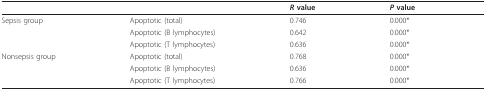
<table><thead><tr><td></td><td></td><td><b><i>R </i>value</b></td><td><b><i>P </i>value</b></td></tr></thead><tbody><tr><td>Sepsis group</td><td>Apoptotic (total)</td><td>0.746</td><td>0.000*</td></tr><tr><td></td><td>Apoptotic (B lymphocytes)</td><td>0.642</td><td>0.000*</td></tr><tr><td></td><td>Apoptotic (T lymphocytes)</td><td>0.636</td><td>0.000*</td></tr><tr><td>Nonsepsis group</td><td>Apoptotic (total)</td><td>0.768</td><td>0.000*</td></tr><tr><td></td><td>Apoptotic (B lymphocytes)</td><td>0.636</td><td>0.000*</td></tr><tr><td></td><td>Apoptotic (T lymphocytes)</td><td>0.766</td><td>0.000*</td></tr></tbody></table>